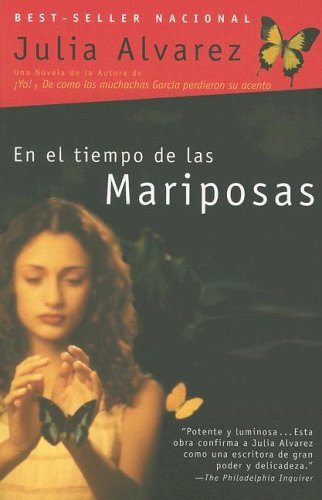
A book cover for En el tiempo de las mariposas (Spanish Edition); Julia Alvarez; Literature & Fiction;